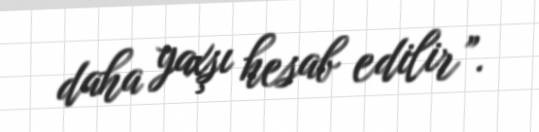
daha yaxşı hesab edilir”.